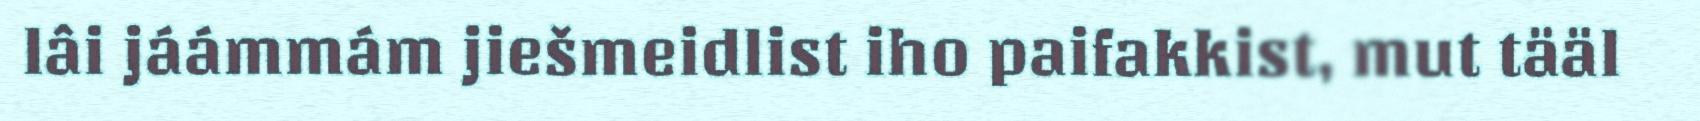
lâi jáámmám jiešmeidlist iho paifakkist, mut tääl